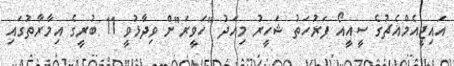
އައިޖީއެމްއެޗުގެ ސީއީއޯ ފަރުހަތު ޝަހީރު މިއަދު "ހަވީރަ"ށް ވިދާޅުވީ 11 ބުރީގެ އިމާރާތުގައި